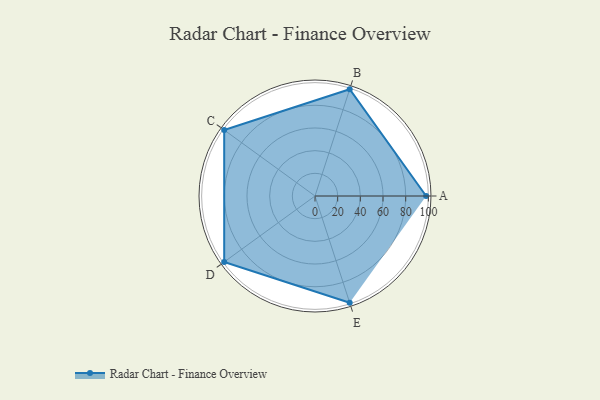
{"axis": {"x": "Skill", "y": "Score"}, "legend": ["Profile"], "data": [{"x": "A", "y": 98.0, "type": "Profile"}, {"x": "B", "y": 99, "type": "Profile"}, {"x": "C", "y": 99, "type": "Profile"}, {"x": "D", "y": 99, "type": "Profile"}, {"x": "E", "y": 99, "type": "Profile"}]}